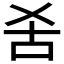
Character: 𱒍